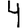
Digit: 4